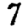
Digit: 7